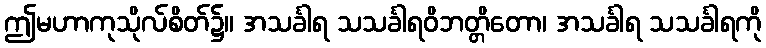
ဤမဟာကုသိုလ်စိတ်၌။ အသင်္ခါရ သသင်္ခါရဝိဘတ္တိတော၊ အသင်္ခါရ သသင်္ခါရကို